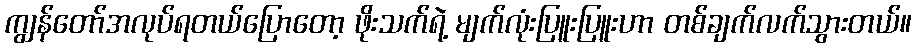
ကျွန်တော်အလုပ်ရတယ်ပြောတော့ ဖိုးသက်ရဲ့ မျက်လုံးပြူးပြူးဟာ တစ်ချက်လက်သွားတယ်။